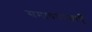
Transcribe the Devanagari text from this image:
समावयवताएँ